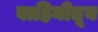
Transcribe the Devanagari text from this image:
वाहिनीतून